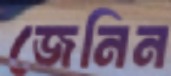
জেনিন